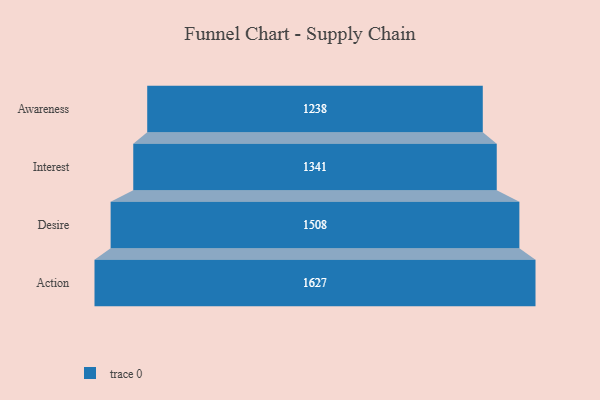
{"axis": {"x": "Stage", "y": "Value"}, "legend": [""], "data": [{"x": "Awareness", "y": 1238.0, "type": ""}, {"x": "Interest", "y": 1341.0, "type": ""}, {"x": "Desire", "y": 1508.0, "type": ""}, {"x": "Action", "y": 1627.0, "type": ""}]}